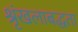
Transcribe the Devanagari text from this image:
श्रृंखलाबद्धता